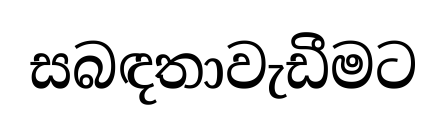
සබඳතාවැඩීමට